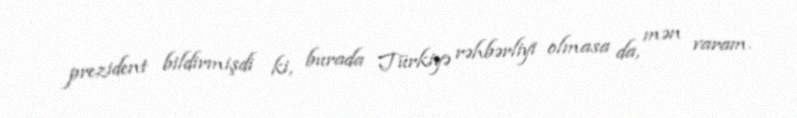
prezident bildirmişdi ki, burada Türkiyə rəhbərliyi olmasa da, mən varam.